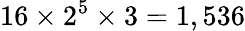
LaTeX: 16\times 2^{5}\times 3=1,536